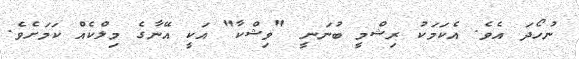
ނުހޯދަ އެވެ. އެކަމަކު ރިޝްމީ ބުނަނީ "ވިޝްކާ" އަކީ އޭނާގެ މިލްކެއް ކަމަށެވެ.